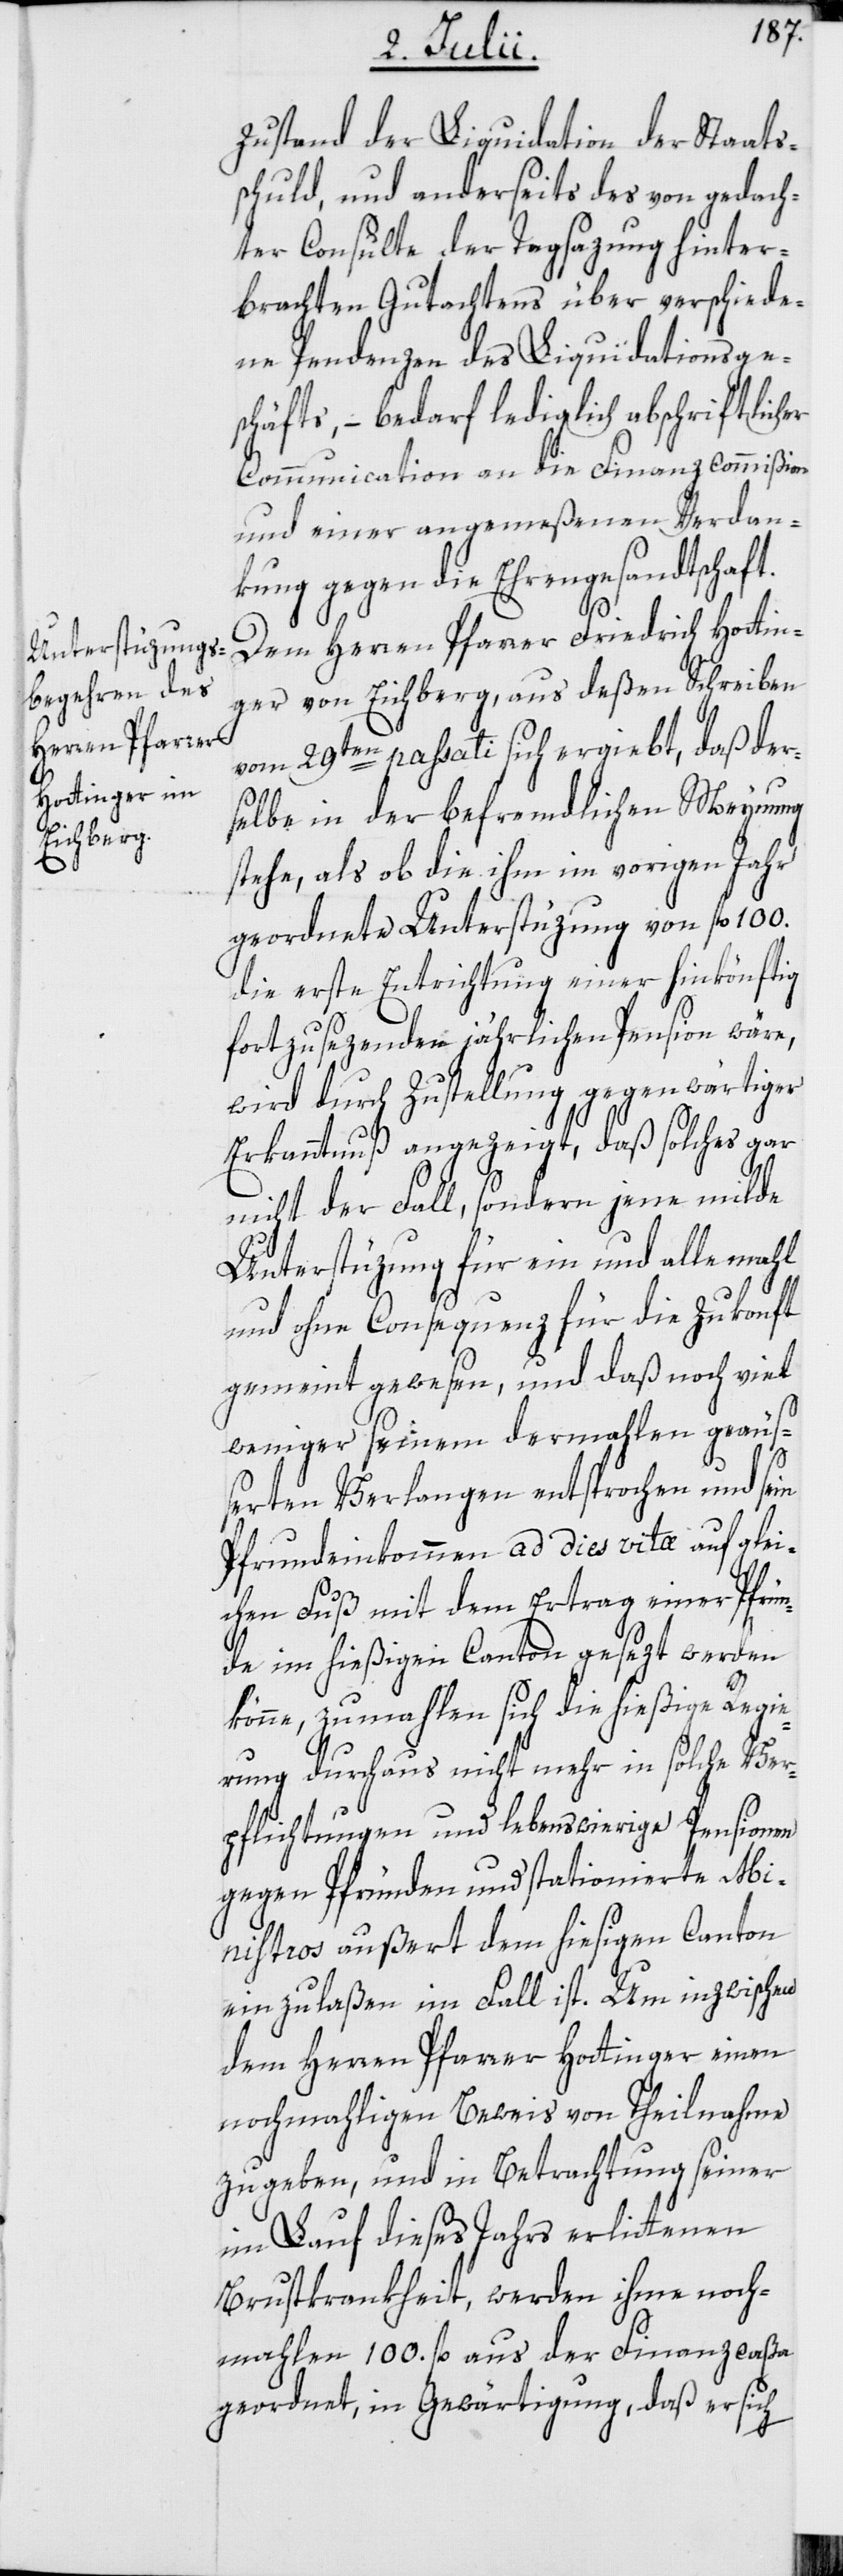
Zustand der Liquidation der Staats¬
schuld, und anderseits des von gedach¬
ter Consulte der Tagsazung hinter¬
brachten Gutachtens über verschiede¬
ne Pendenzen des Liquidationsge¬
schäfts, – bedarf lediglich abschriftlich¬
Communication an die Finanzcommißion
und einer angemeßenen Verdan¬
kung gegen die Ehrengesandtschaft.
Dem Herren Pfarrer Friedrich Hottin¬
ger von Eichberg, aus deßen Schreiben
vom 29ten passati sich ergiebt, daß der¬
er
selbe in der befremdlichen Meynung
stehe, als ob die ihm im vorigen Jahr
geordnete Unterstüzung von fl. 100.
die erste Entrichtung einer hinkönftig
fortzusezenden jährlichen Pension wäre,
wird durch Zustellung gegenwärtiger
Erkanntnuß angezeigt, daß solches gar
nicht der Fall, sondern jene milde
Unterstüzung für ein und allemahl
und ohne Consequenz für die Zukonft
gemeint gewesen, und daß noch viel
weniger seinem dermahlen geäuß¬
erten Verlangen entsprochen und sein
Pfrundeinkommen ad dies vitæ auf glei¬
chen Fuß mit dem Ertrag einer Pfrün¬
de im hießigen Canton gesezt werden
könne, zumahlen sich die hießige Regie¬
rung durchaus nicht mehr in solche Ver¬
pflichtungen und lebenswierige Pensionen
gegen Pfründen und stationierte Mi¬
nistros außert dem hiesigen Canton
einzulaßen im Fall ist. Um inzwischen
dem Herren Pfarrer Hottinger einen
nochmahligen Beweis von Theilnahme
zu geben, und in Betrachtung seiner
im Lauf dieses Jahrs erlittenen
Brustkrankheit, werden ihme noch¬
mahlen 100. fl. aus der Finanzcaßa
geordnet, in Gewärtigung, daß er sich